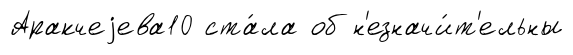
Аракчеjева10 ста́ла об н'езначи́т'ельны